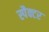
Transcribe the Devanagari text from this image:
स्पैक्टर